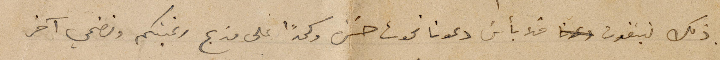
ذلك تبغون فلا بأسَ دعونا نموت حَسرة وكمداً على مذبح  رغبتكم ونضحي آخر